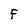
Character: F